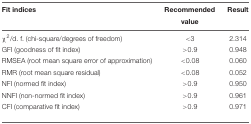
<table><thead><tr><td><b>Fit indices</b></td><td><b>Recommended</b></td><td><b>Result</b></td></tr><tr><td></td><td><b>value</b></td><td></td></tr></thead><tbody><tr><td>χ<sup>2</sup>/d. f. (chi-square/degrees of freedom)</td><td>&lt;3</td><td>2.314</td></tr><tr><td>GFI (goodness of fit index)</td><td>&gt;0.9</td><td>0.948</td></tr><tr><td>RMSEA (root mean square error of approximation)</td><td>&lt;0.08</td><td>0.060</td></tr><tr><td>RMR (root mean square residual)</td><td>&lt;0.08</td><td>0.052</td></tr><tr><td>NFI (normed fit index)</td><td>&gt;0.9</td><td>0.950</td></tr><tr><td>NNFI (non-normed fit index)</td><td>&gt;0.9</td><td>0.961</td></tr><tr><td>CFI (comparative fit index)</td><td>&gt;0.9</td><td>0.971</td></tr></tbody></table>